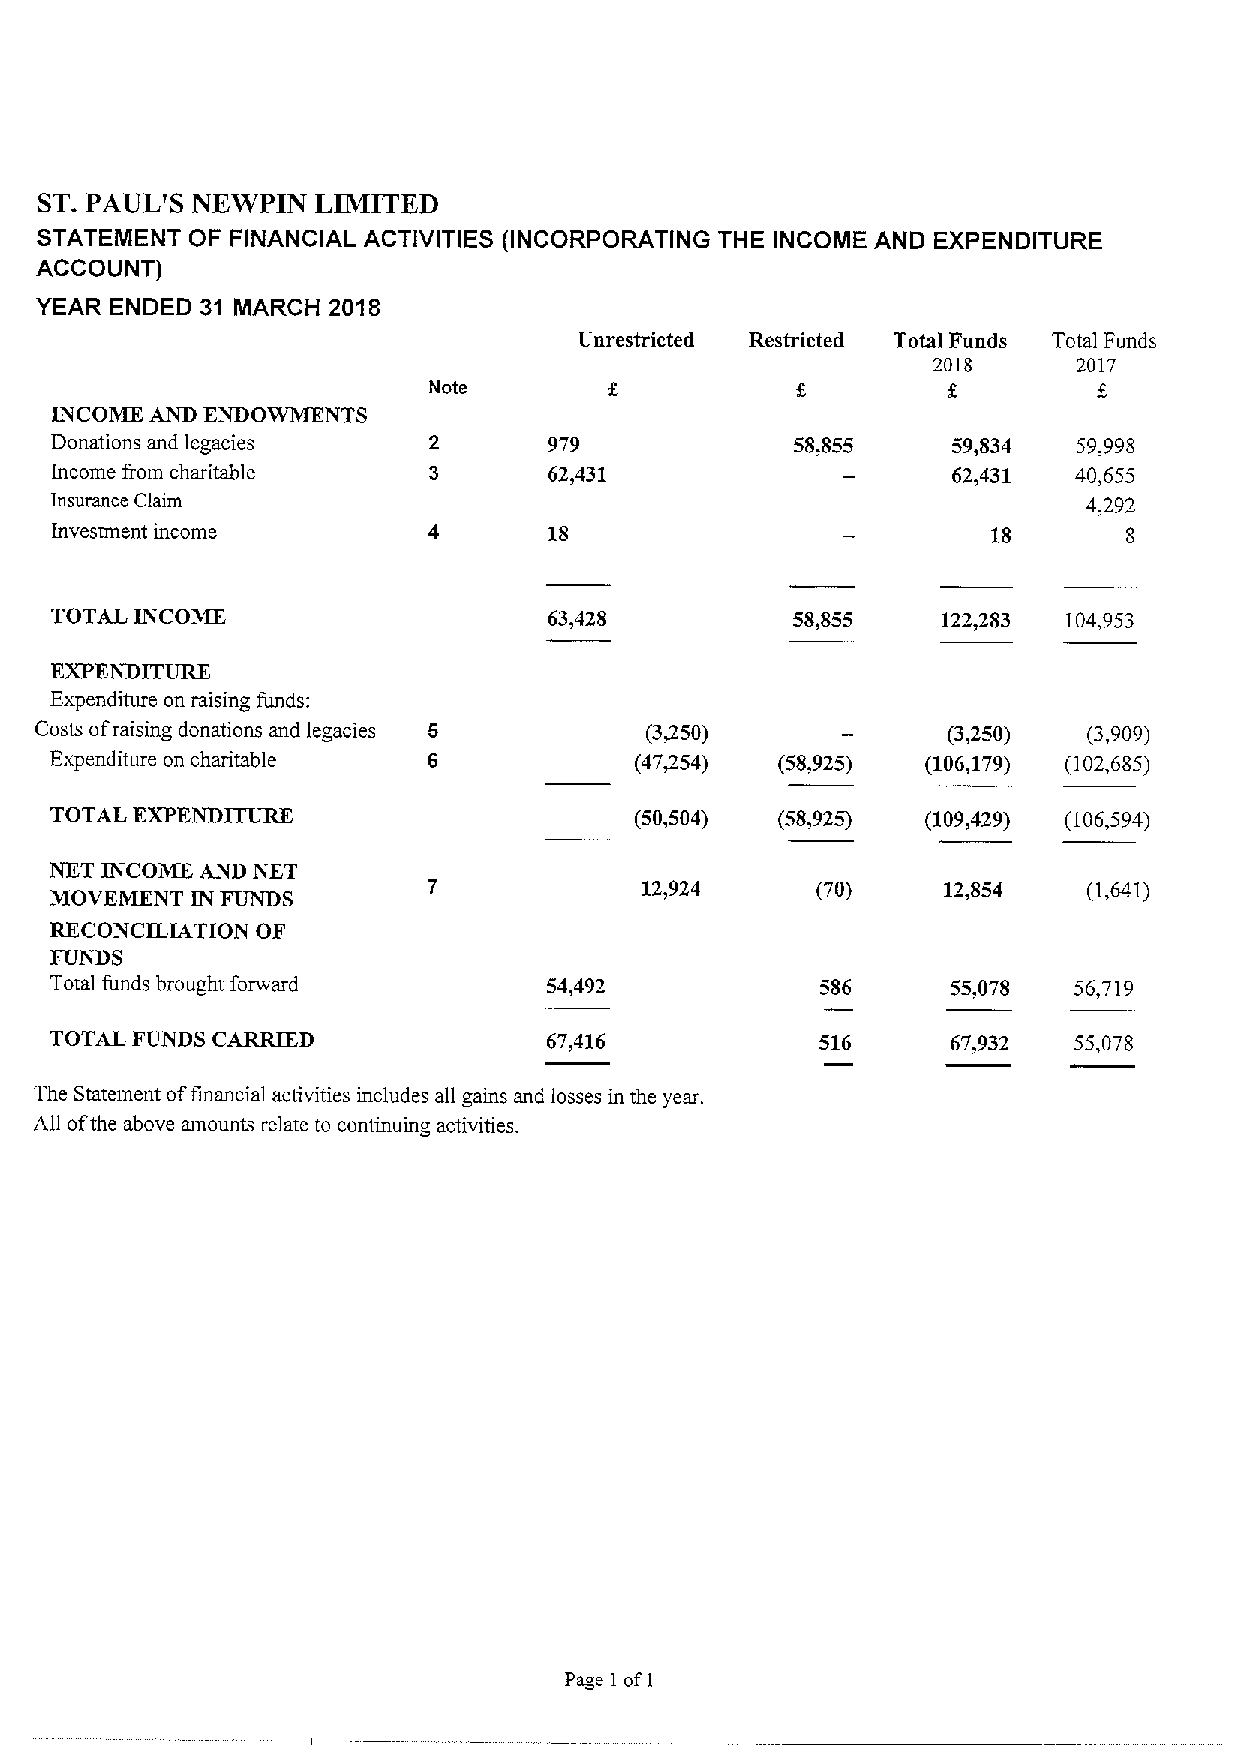
ST.PAUL'S NEWPIN  LIMITED
 STATEMENT  OF FINANCIAL ACTIVITIES (INCORPORATING THE INCOME AND EXPENDITURE
 ACCOUNT)
 YEAR ENDED 31 MARCH 2018
 Unrestricted Restricted Total Funds Total Funds
 2018     2017
 Note
 INCOME AND ENDOWMENTS
 Donations and legacies           979              58,855    59,834  59,998
 Income from charitable           62,431                     62,431  40,655
 Insurance Claim                                                      4,292
 Investment income                18                            18       8
 TOTAL INCOME                     63,428          58,855    122+83   104,953
 EXPENDITURE
 Expenditure on raising funds:
 Costs ofraising donations and legacies   (3450)              (3,250)  (3,909)
 Expenditure on charitable              (47+54)  (58,925)  (106,179) (102,685)
 TOTAL EXPENDITURE                      (50,504) (58,925)  (109,429) (106,594)
 NET INCOME AND NET
 12,924     (70)    12,854    (I,64l)
 MOVEMENT  IN FUNDS
 RECONCILIATION OF
 FUNDS
 Total funds brought forward      54,492            586      55,078  56,719
 TOTAL FUNDS CARRIED              67,416            516      67,932  55,078
 The Statement offinancial activities includes all gains and losses in the year.
 All ofthe above amounts relate to continuing activities.
 Page I ofI